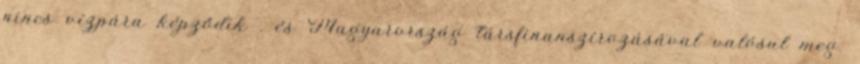
nincs vízpára képződik . és Magyarország társfinanszírozásával valósul meg.